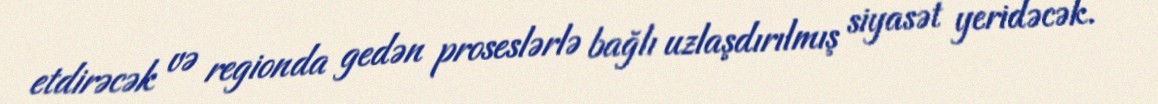
etdirəcək və regionda gedən proseslərlə bağlı uzlaşdırılmış siyasət yeridəcək.